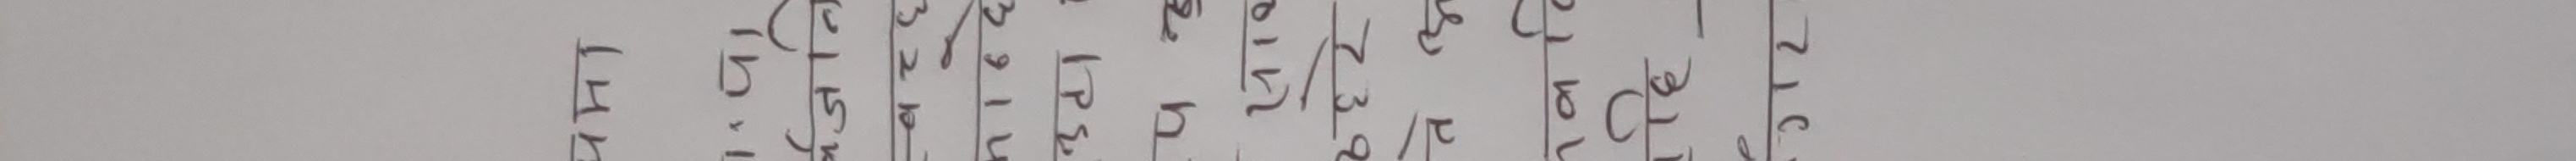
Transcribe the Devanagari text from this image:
एल.टी.ए.
१.६८५१
५.४८
३२.६५४२
५१.४१६
८४.०७२
१०९.९०५
१४२.३४६
१७१.८२६
१९३.४६६
२१०.२९६